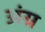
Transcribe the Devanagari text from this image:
अंग्र